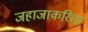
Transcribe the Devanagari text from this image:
जहाजाकरिता